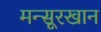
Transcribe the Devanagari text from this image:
मन्सूरखान